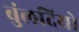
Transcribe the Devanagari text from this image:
बुंलदियो